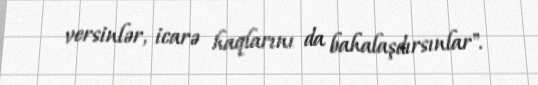
versinlər, icarə haqlarını da bahalaşdırsınlar".